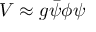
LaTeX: V \approx g { \bar { \psi } } \phi \psi